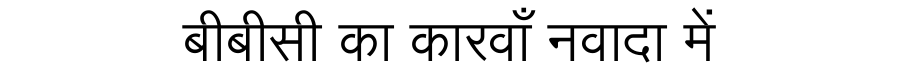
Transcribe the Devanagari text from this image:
बीबीसी का कारवाँ नवादा में